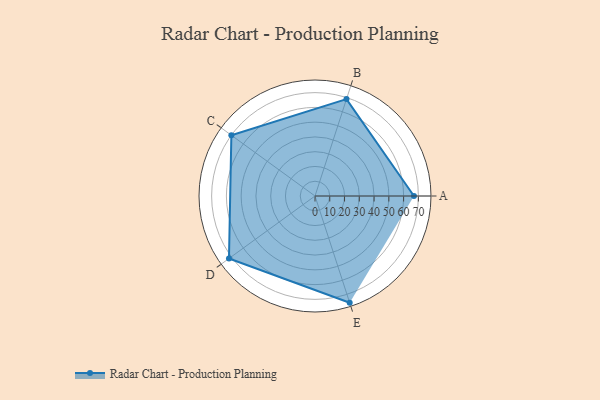
{"axis": {"x": "Skill", "y": "Score"}, "legend": ["Profile"], "data": [{"x": "A", "y": 67.0, "type": "Profile"}, {"x": "B", "y": 69.0, "type": "Profile"}, {"x": "C", "y": 70.0, "type": "Profile"}, {"x": "D", "y": 72.0, "type": "Profile"}, {"x": "E", "y": 76.0, "type": "Profile"}]}